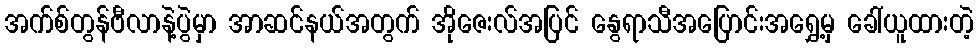
အက်စ်တွန်ဗီလာနဲ့ပွဲမှာ အာဆင်နယ်အတွက် အိုဇေးလ်အပြင် နွေရာသီအပြောင်းအရွှေ့မှ ခေါ်ယူထားတဲ့